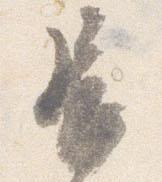
長